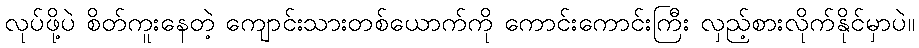
လုပ်ဖို့ပဲ စိတ်ကူးနေတဲ့ ကျောင်းသားတစ်ယောက်ကို ကောင်းကောင်းကြီး လှည့်စားလိုက်နိုင်မှာပဲ။